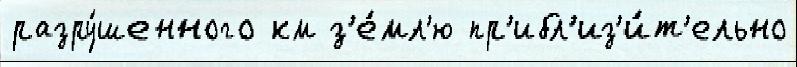
разру́шенного км з'е́мл'ю пр'ибл'из'и́т'ельно